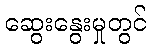
ဆွေးနွေးမှုတွင်